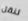
لنقل